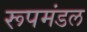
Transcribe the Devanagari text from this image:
रूपमंडल